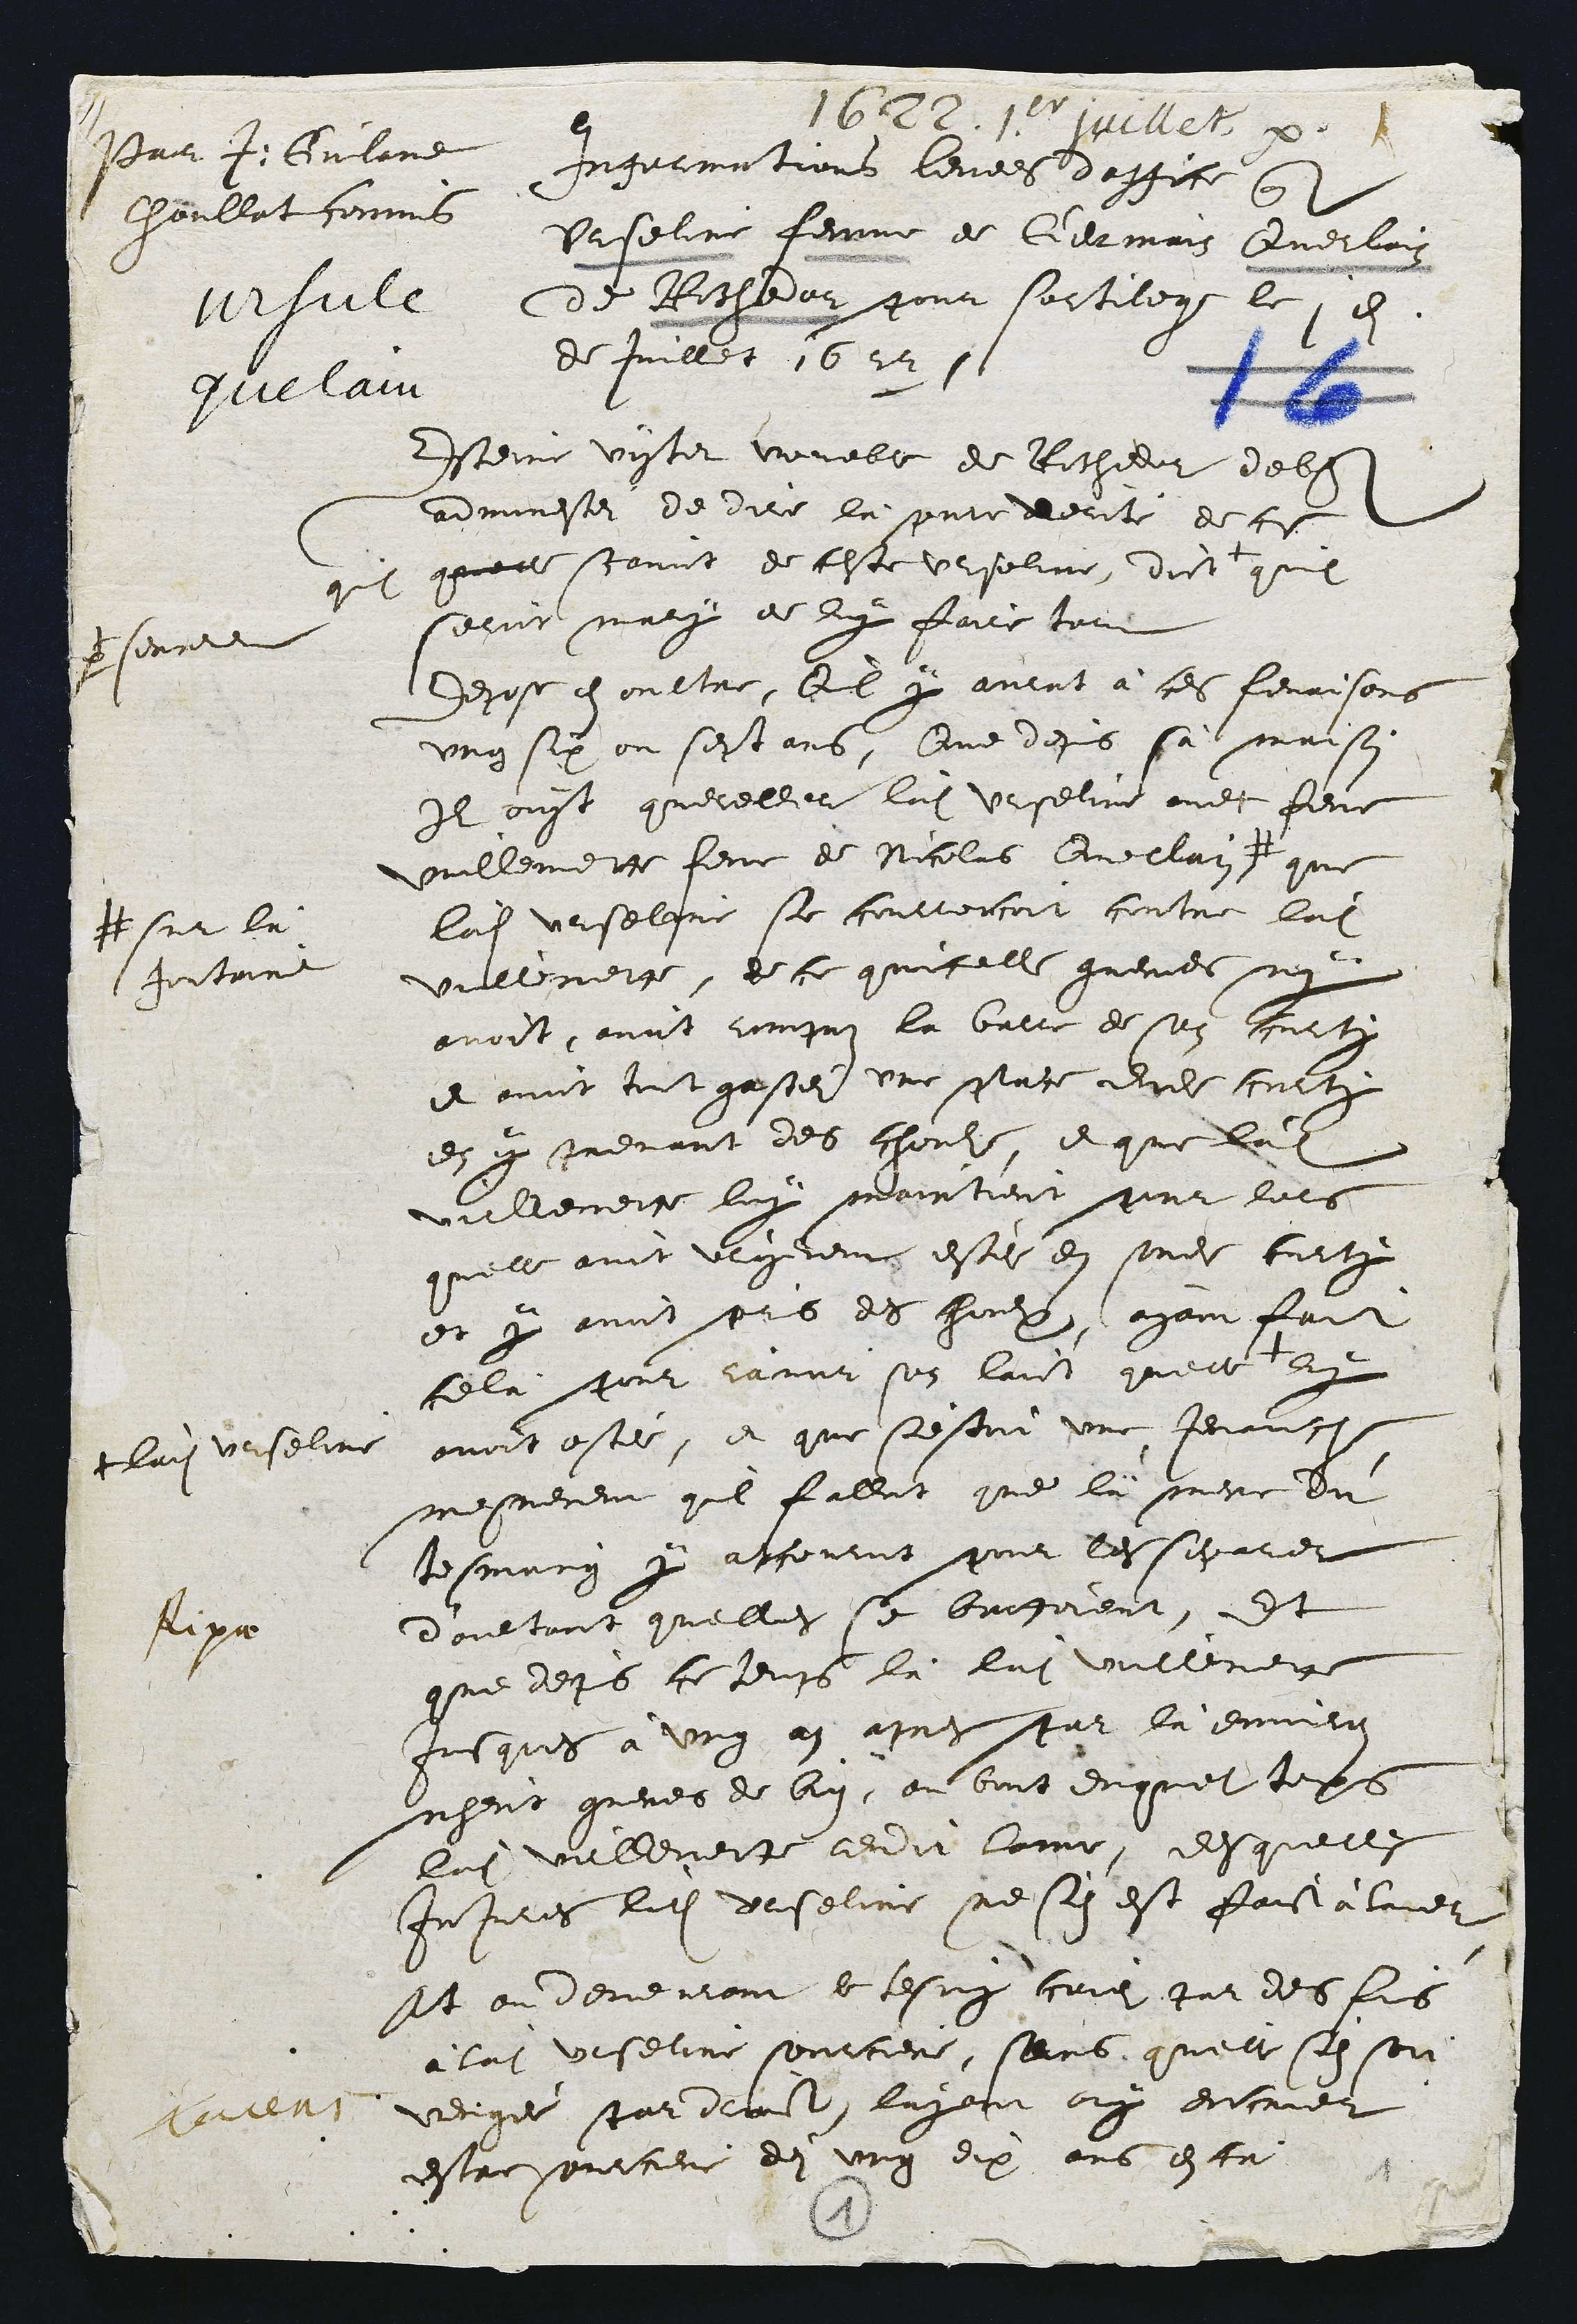
Par J. Gulan
Choullat commi
vrfule
quelain

1622. 10 juevet p
Ingermetions levees d'esgice quel
Urseline femme de Germain Querlain
de Rochedar pour sortilege le 1 9
de Juillet 1622 s

Esteine vister voueble de Rochidor delit
admonesei de dire là puente decité de ce
quil quelle scavoit de ceste Urseline, dict
p sonnere
quil
serrit mary de luy faire tout
Depose en oultre, luil y avant à ces fenaisons
ung six ou sestans, Que depis sa maison
Il ouyt quereller ladite Urgetine avec feme
ouillemette feme de Nicolas Quellai #
# sur lea
Jortaine
que
ladite Urselere se courrencoit contre ladite
villemette, de ce quicelle gueniee nen
avoit, avoit romqui la barre de son bourte
et avoit tout gasteri une place dudit curlty
en y prenant des chouls, et que ladite
vaillemette luy maintient pour lors
quelle avoit vrgereme estei en sondit curty
et y avoit pris des choulxs, ayant fait
celà pour ramair son laict quelle
+ ladite Urselin
ry
avoit ostee, et que s'estoit une Jenance
mesmement qui falloit que là mene du
tesmung yr apcourut pour les separier
d'aultant quelles se brusoient, Et
que depuis ce temps là ladite vullemet
jusques à ung an apres par là envieron
nheut greves de bien, au bout duquel toms
ladite vallemette rendit lome, desquelle
Injures ladit Urseline ne scn est faistalne
Et ou demeurant le tesmy coie par des fis
à ladite Urseline sourciere, sans qu'elle sen son
venges par drait, layent ouy encruer
estre purciere dei ung dix ans estr

fipa

4
1